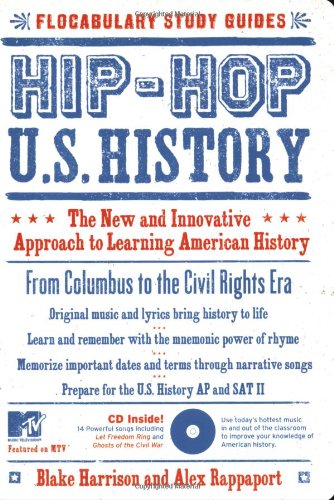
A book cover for Hip-Hop U.S. History: The New and Innovative Approach to Learning American History (Flocabulary Study Guides); Blake Harrison; History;